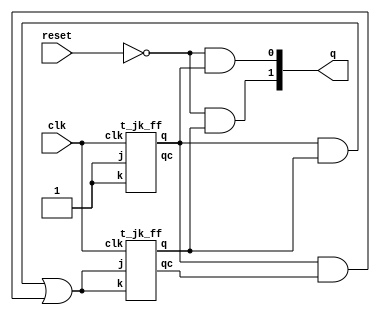
`timescale 1ns / 1ps
//////////////////////////////////////////////////////////////////////////////////
// Company: 
// Engineer: 
// 
// Design Name: 
// Module Name: two_bit_counter
// Project Name: 
// Target Devices: 
// Tool Versions: 
// Description: 
// 
// Dependencies: 
// 
// Revision:
// Revision 0.01 - File Created
// Additional Comments:
// 
//////////////////////////////////////////////////////////////////////////////////

module two_bit_counter(
    input clk, reset,
    output wire [1:0] q
    );
    
    wire[1:0] qc;
    wire[1:0] tmpq;
    wire[2:0] tmpwire;
    t_jk_ff t_b1(1'b1,1'b1,clk,tmpq[0], qc[0]);
    and(tmpwire[0], tmpq[0], qc[1]);
    and(tmpwire[1], tmpq[0], tmpq[1]);
    or(tmpwire[2], tmpwire[1], tmpwire[0]);
    t_jk_ff t_b2(tmpwire[2], tmpwire[2], clk, tmpq[1], qc[1]);
  
    and(q[0], ~reset, tmpq[0]);
    and(q[1], ~reset, tmpq[1]);
   endmodule
   
module t_jk_ff(
    input j, k, clk,
    output reg q, qc
);
    initial begin
        q=0;
        qc=1;
    end
    always@(negedge clk)begin
        if(j==0&&k==0) begin
            q<=q;
            qc<=qc;
        end
        if(j==0&&k==1) begin
            q=0;
            qc=1;
        end
        if(j==1&&k==0) begin
            q=1;
            qc=0;
        end
        if(j==1&&k==1)begin
            q<=qc;
            qc<=q;
        end
    end
endmodule